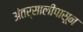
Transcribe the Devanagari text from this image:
अंतर्सालीपासून